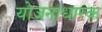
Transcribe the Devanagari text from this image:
योजनाधारक